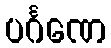
ပင်္ဂဏေ